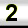
Digit: 2